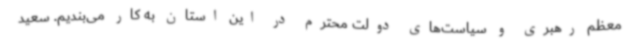
معظم رهبری و سیاست‌های دولت محترم در این استان به کار می‌بندیم. سعید